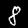
Digit: 8